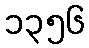
၁၃၅၆